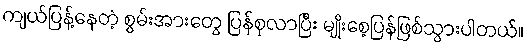
ကျယ်ပြန့်နေတဲ့ စွမ်းအားတွေ ပြန်စုလာပြီး မျိုးစေ့ပြန်ဖြစ်သွားပါတယ်။